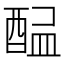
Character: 𨡇